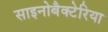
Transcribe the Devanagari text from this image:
साइनोबैक्टेरिया